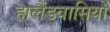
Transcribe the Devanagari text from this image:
हालैंडवासियों